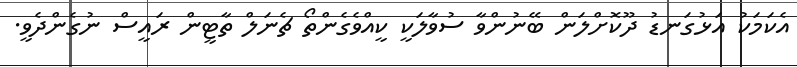
އެކަމަކު އަޅުގަނޑު ދޫކޮށްލަން ބޭނުންވާ ސުވާލަކީ ކީއްވެގެންތޯ ޗެނަލް ތާޓީން ރައީސް ނުގެންދެވީ.